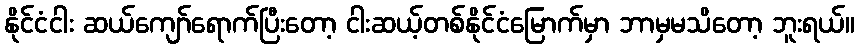
နိုင်ငံငါး ဆယ်ကျော်ရောက်ပြီးတော့ ငါးဆယ့်တစ်နိုင်ငံမြောက်မှာ ဘာမှမသိတော့ ဘူးရယ်။